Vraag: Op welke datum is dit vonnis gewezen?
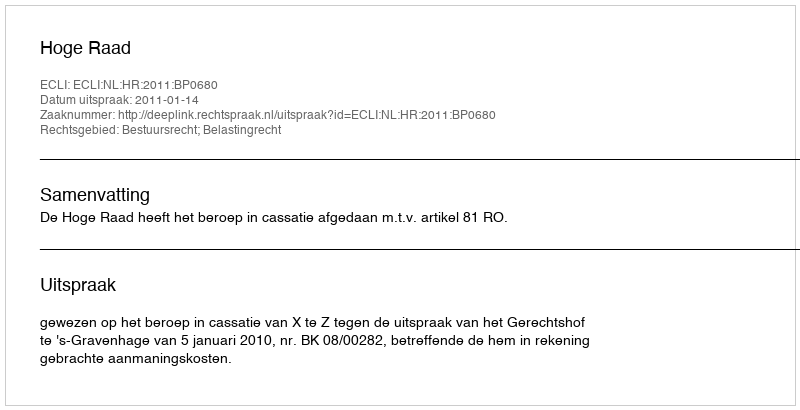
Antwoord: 2011-01-14